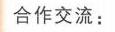
合作交流：